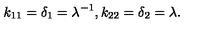
k _ { 1 1 } = \delta _ { 1 } = \lambda ^ { - 1 } , k _ { 2 2 } = \delta _ { 2 } = \lambda .